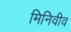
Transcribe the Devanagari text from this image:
मिनिवीव